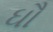
ઘૌ